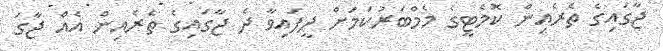
ޖާގައިގެ ތެރެއިން ކޮމެޓީގެ މެމްބަރުކަމަށް ދީފައިވާ ދެ ޖާގައިގެ ތެރެއިން އެއް ޖާގަ